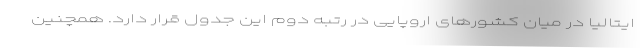
ایتالیا در میان کشورهای اروپایی در رتبه دوم این جدول قرار دارد. همچنین